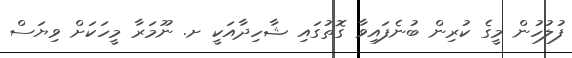
ފުލުހުން މީގެ ކުރިން ބުނެފައިވާ ގޮތުގައި ޝާހިދާއަކީ ށ. ނޫމަރާ މީހަކަށް ވިޔަސް